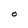
Character: O